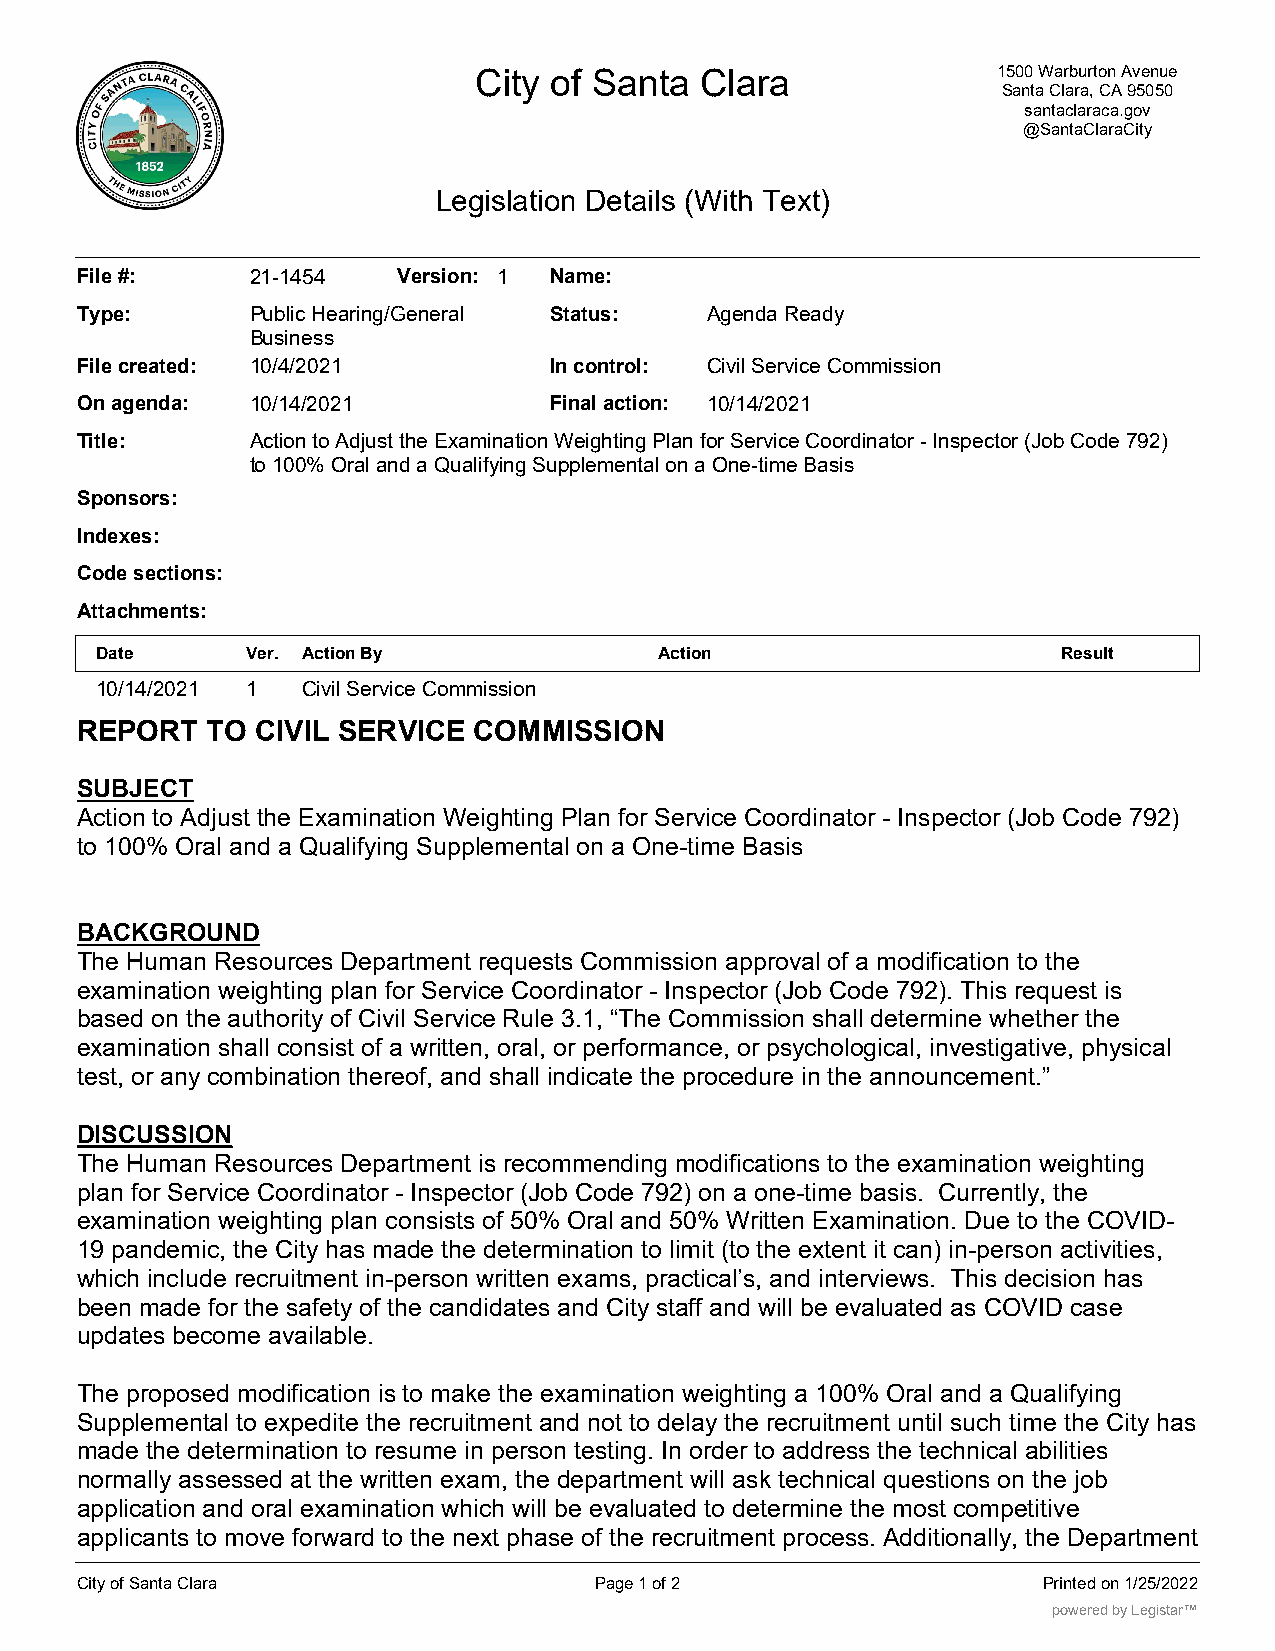
City of Santa  Clara               1500 Warburton Avenue
 Santa Clara, CA 95050
 santaclaraca.gov
 @SantaClaraCity
 Legislation Details (With Text)
 File #:     21-1454  Version: 1 Name:
 Type:       Public Hearing/General Status: Agenda Ready
 Business
 File created: 10/4/2021        In control: Civil Service Commission
 On agenda:  10/14/2021         Final action: 10/14/2021
 Title:      Action to Adjust the Examination Weighting Plan for Service Coordinator - Inspector (Job Code 792)
 to 100% Oral and a Qualifying Supplemental on a One-time Basis
 Sponsors:
 Indexes:
 Code sections:
 Attachments:
 Date      Ver. Action By              Action                    Result
 10/14/2021 1  Civil Service Commission
 REPORT   TO CIVIL SERVICE COMMISSION
 SUBJECT
 Action to Adjust the Examination Weighting Plan for Service Coordinator - Inspector (Job Code 792)
 to 100% Oral and a Qualifying Supplemental on a One-time Basis
 BACKGROUND
 The Human Resources Department requests Commission approval of a modification to the
 examination weighting plan for Service Coordinator - Inspector (Job Code 792). This request is
 based on the authority of Civil Service Rule 3.1, “The Commission shall determine whether the
 examination shall consist of a written, oral, or performance, or psychological, investigative, physical
 test, or any combination thereof, and shall indicate the procedure in the announcement.”
 DISCUSSION
 The Human Resources Department is recommending modifications to the examination weighting
 plan for Service Coordinator - Inspector (Job Code 792) on a one-time basis. Currently, the
 examination weighting plan consists of 50% Oral and 50% Written Examination. Due to the COVID-
 19 pandemic, the City has made the determination to limit (to the extent it can) in-person activities,
 which include recruitment in-person written exams, practical’s, and interviews. This decision has
 been made for the safety of the candidates and City staff and will be evaluated as COVID case
 updates become available.
 The proposed modification is to make the examination weighting a 100% Oral and a Qualifying
 Supplemental to expedite the recruitment and not to delay the recruitment until such time the City has
 made the determination to resume in person testing. In order to address the technical abilities
 normally assessed at the written exam, the department will ask technical questions on the job
 application and oral examination which will be evaluated to determine the most competitive
 applicants to move forward to the next phase of the recruitment process. Additionally, the Department
 City of Santa Clara               Page 1 of 2                   Printed on 1/25/2022
 powered by Legistar™